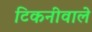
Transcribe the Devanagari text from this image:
टिकनीवाले